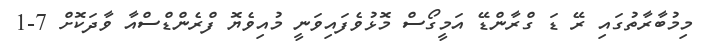
މިމުބާރާތުގައި ރޭ ޑަ ގްރާންޑޭ އަމީގޯސް މޮޅުވެފައިވަނީ މުއިވެޔޮ ފްރެންޑްސްއާ ވާދަކޮށް 7-1